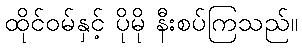
ထိုင်ဝမ်နှင့် ပိုမို နီးစပ်ကြသည်။